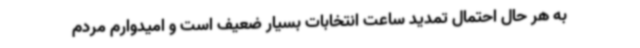
به هر حال احتمال تمدید ساعت انتخابات بسیار ضعیف است و امیدوارم مردم